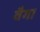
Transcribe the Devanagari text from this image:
वैगा